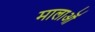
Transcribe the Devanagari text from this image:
मालाऒं